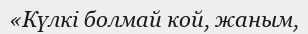
«Күлкі болмай кой, жаным,